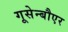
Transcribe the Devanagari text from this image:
गूसेन्बौएर